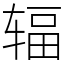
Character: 辐